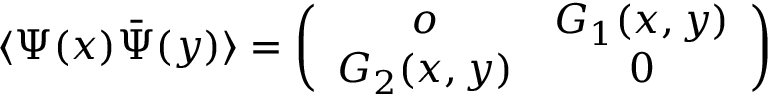
\langle \Psi ( x ) \bar { \Psi } ( y ) \rangle = \left( \begin{array} { c c } { { o } } & { { G _ { 1 } ( x , y ) \nonumber } } \\ { { G _ { 2 } ( x , y ) } } & { { 0 } } \end{array} \right)